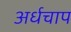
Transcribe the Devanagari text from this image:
अर्धचाप